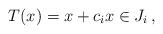
LaTeX: \begin{align*}T(x)=x+c_i x\in J_i\,,\end{align*}